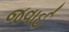
જવાઈ